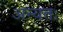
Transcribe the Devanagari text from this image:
अन्यतः